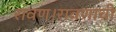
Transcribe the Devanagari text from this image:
रावण।रावणाची